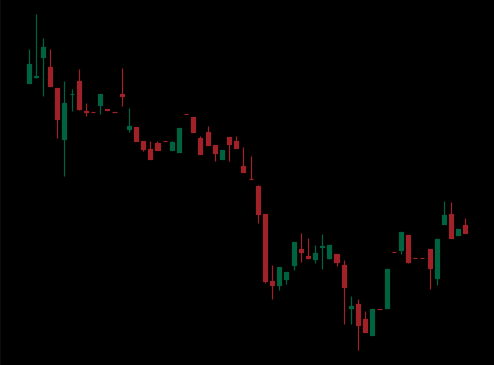
Pattern: bull_flag